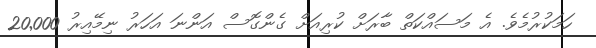
ހަމަކުރުމެވެ. އެ މަސައްކަތް ބާރަށް ކުރިއަށް ގެންގޮސް އަންނަ އަހަރު ނިމޭއިރު 20